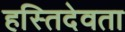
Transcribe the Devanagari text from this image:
हस्तिदेवता